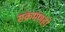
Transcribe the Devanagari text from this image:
संक्रमणहो